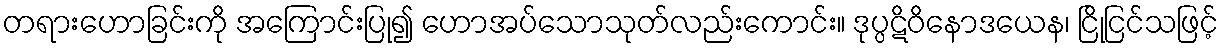
တရားဟောခြင်းကို အကြောင်းပြု၍ ဟောအပ်သောသုတ်လည်းကောင်း။ ဒုပ္ပဋိဝိနောဒယေန၊ ငြိုငြင်သဖြင့်